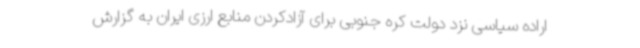
اراده سیاسی نزد دولت کره جنوبی برای آزادکردن منابع ارزی ایران به گزارش